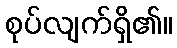
စုပ်လျက်ရှိ၏။